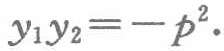
$y_{1}y_{2}=-p^{2}.$